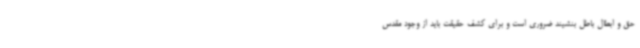
حق و ابطال باطل بنشیند ضروری است و برای کشف حقیقت باید از وجود مقدس